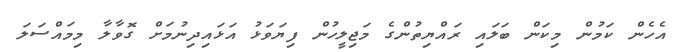
އެހެން ކަމުން މިކަން ބަލައި ރައްޔިތުންގެ މަޖިލީހުން ފިޔަވަޅު އަޅައިދިނުމަށް ގޮވާލާ މިމައްސަލަ